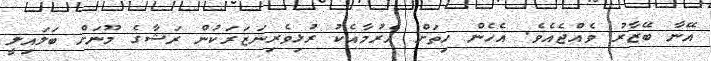
އޭނާ ބޭޒާރު ވެއްޖެއެވެ. އެހެން ހިތަށް އެރުމާއެކު ރުޅިވެރިނަޒަރަކުން ރަޝާގެ މޫނަށް ބަލައިލީ